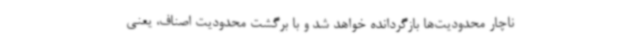
ناچار محدودیت‌ها بازگردانده خواهد شد و با برگشت محدودیت اصناف، یعنی